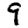
Digit: 9